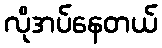
လိုအပ်နေတယ်